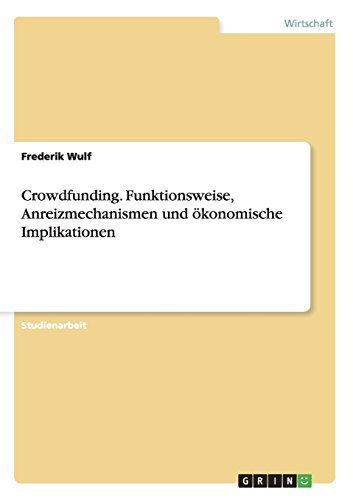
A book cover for Crowdfunding. Funktionsweise, Anreizmechanismen und Ã¶konomische Implikationen (German Edition); Frederik Wulf; Business & Money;